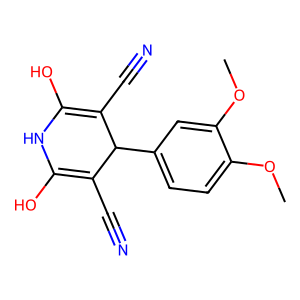
SMILES: COc1ccc(C2C(C#N)=C(O)NC(O)=C2C#N)cc1OC
Inhibits HIV replication: No